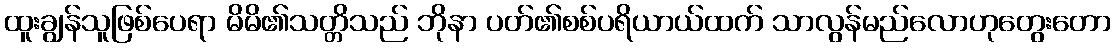
ထူးချွန်သူဖြစ်ပေရာ မိမိ၏သတ္တိသည် ဘိုနာ ပတ်၏စစ်ပရိယာယ်ထက် သာလွန်မည်လောဟုတွေးတော